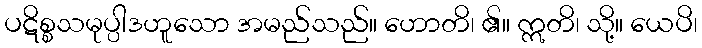
ပဋိစ္စသမုပ္ပါဒဟူသော အမည်သည်။ ဟောတိ၊ ၏။ ဣတိ၊ သို့။ ယေပိ၊